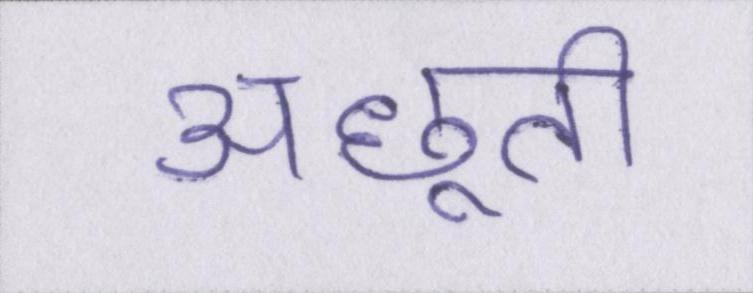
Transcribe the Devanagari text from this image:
अछूती